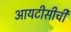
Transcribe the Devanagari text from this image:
आयटीसीची